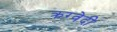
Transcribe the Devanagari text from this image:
क्रग्वेदी